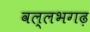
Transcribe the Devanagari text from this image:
वल्लभगढ़